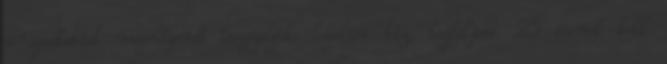
elragadtatást megelőzendő leszögezik: legalább tíz, legfeljebb 25 évnek kell